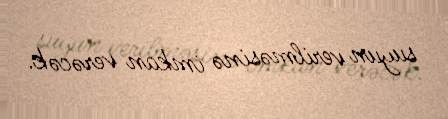
suyun verilməsinə imkan verəcək.